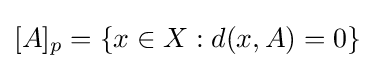
[A]_{p}=\{x\in X:d(x,A)=0\}